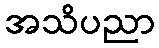
အသိပညာ